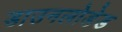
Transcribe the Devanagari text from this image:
डाउनलोडेड